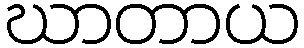
ဃာတာယ